Report by Surgeon-Captain Childe, I.M.S. - Part II
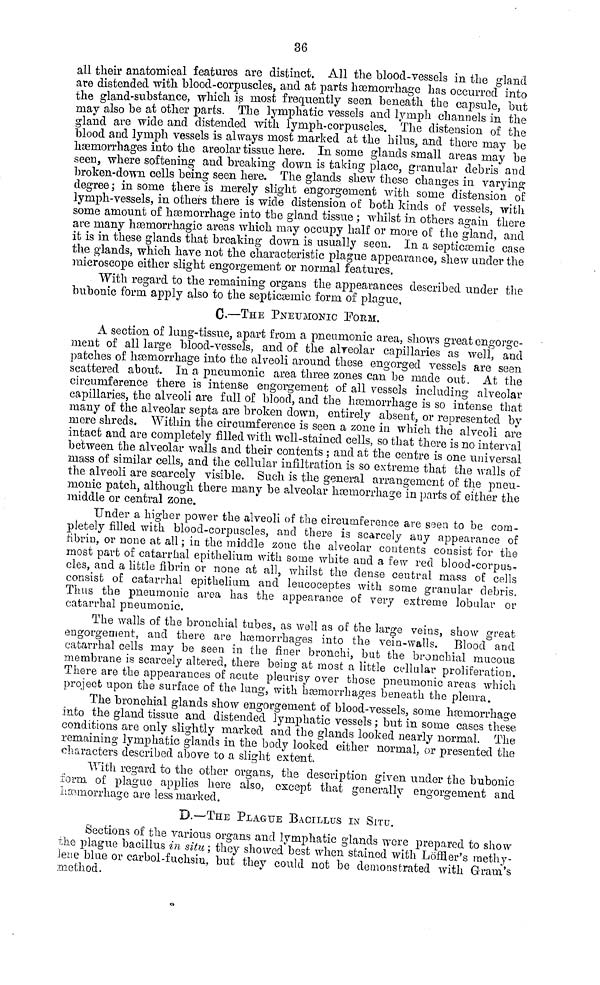
36
all their anatomical features are distinct. All the blood-vessels in the gland
are distended with blood-corpuscles, and at parts haemorrhage has occurred into
the gland-substance, which is most frequently seen beneath the capsule, but
may also be at other parts. The lymphatic vessels and lymph channels in the
gland are wide and distended with lymph-corpuscles. The distension of the
blood and lymph vessels is always most marked at the hilus, and there may be
hemorrhages into the areolar tissue here. In some glands small areas may be
seen, where softening and breaking down is taking place, granular debris and
broken-down cells being seen here. The glands shew these changes in varying
degree; in some there is merely slight engorgement with some distension of
lymph-vessels, in others there is wide distension of both kinds of vessels, with
some amount of haemorrhage into the gland tissue ; whilst in others again there
are many hasmorrhagic areas which may occupy half or more of the gland, and
it is in these glands that breaking down is usually seen. In a septiaemic case
the glands, which have not the characteristic plague appearance, shew under the
microscope either slight engorgement or normal features.
With regard to the remaining organs the appearances described under the
bubonic form apply also to the septiaemic form of plague,
C.—THE PNEUMONIC FORM.
A section of lung-tissue, apart from a pneumonic area, shows great engorge-
ment of all large blood-vessels, and of the alveolar capillaries as well, and
patches of haemorrhage into the alveoli around these engorged vessels are seen
scattered about. In a pneumonic area three zones can be made out. At the
circumference there is intense engorgement of all vessels including alveolar
capillaries, the alveoli are full of blood, and the heemorrhage is so intense that
many of the alveolar septa are broken down, entirely absent, or represented by
mere shreds. Within the circumference is seen a zone in which the alveoli are
intact and are completely filled with well-stained cells, so that there is no interval
between the alveolar walls and their contents ; and at the centre is one universal
mass of similar cells, and the cellular infiltration is so extreme that the walls of
the alveoli are scarcely visible. Such is the general arrangement of the pneu-
monic patch, although there many be alveolar haemorrhage in parts of either the
middle or central zone.
Under a higher power the alveoli of the circumference are seen to be com-
pletely filled with blood-corpuscles, and there is scarcely any appearance of
fibrin, or none at all ; in the middle zone the alveolar contents consist for the
most part of catarrhal epithelium with some white and a few red blood-corpus
cles, and a little fibrin or none at all, whilst the dense central mass of cells
consist of catarrhal epithelium and leucoceptes with some granular debris.
Thus the pneumonic area has the appearance of very extreme lobular or
catarrhal pneumonic.
The walls of the bronchial tubes, as well as of the large veins, show great
engorgeaient, and there are haemorrhages into the vein-walls. Blood and
catarrhal cells may be seen in the finer bronchi, but the bronchial mucous
membrane is scarcely altered, there being at most a little cellular proliferation.
There are the appearances of acute pleurisy over those pneumonic areas which
project upon the surface of the lung, with hemorrhages beneath the pleura.
The bronchial glands show engorgement of blood-vessels, some hemorrhage
into the gland tissue and distended lymphatic vessels ; but in some cases these
conditions are only slightly marked and the glands looked nearly normal. The
remaining lymphatic glands in the body looked either normal, or presented the
characters described above to a slight extent.
With regard to the other organs, the description given under the bubonic
form, of plague applies here also, except that generally engorgement and
haemorrhage are less marked.
D.—THE PLAGUE BACILLUS IN SITU.
Sections of the various organs and lymphatic glands were prepared to show
the plague bacillus in situ; they showed best when stained with Löffler's methy-
lène blue or carbol-fuchsin, but they could not be demonstrated with Gram's
method.